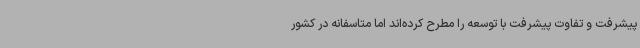
پیشرفت و تفاوت پیشرفت با توسعه را مطرح کرده‌اند اما متاسفانه در کشور